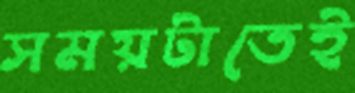
সময়টাতেই